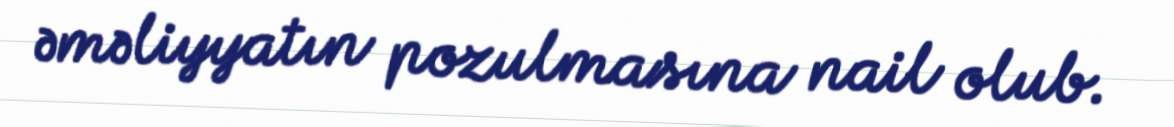
əməliyyatın pozulmasına nail olub.